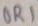
Text: OR1